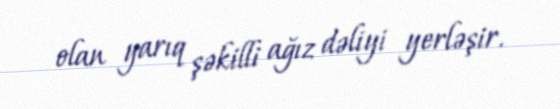
olan yarıq şəkilli ağız dəliyi yerləşir.